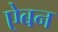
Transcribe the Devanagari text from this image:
ऐबन